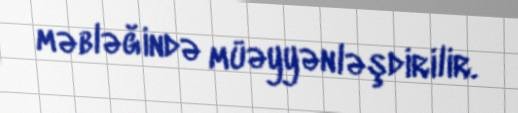
məbləğində müəyyənləşdirilir.